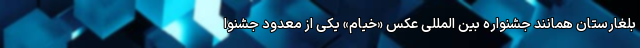
بلغارستان همانند جشنواره بین المللی عکس «خیام» یکی از معدود جشنوا